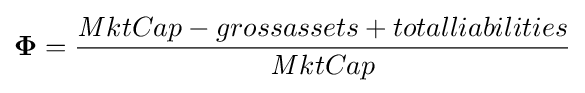
{\boldsymbol {\Phi }}={\frac {{\mathit {M}}ktCap-grossassets+totalliabilities}{{\mathit {M}}ktCap}}